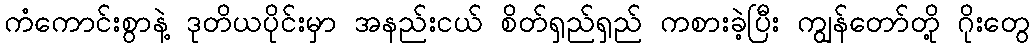
ကံကောင်းစွာနဲ့ ဒုတိယပိုင်းမှာ အနည်းငယ် စိတ်ရှည်ရှည် ကစားခဲ့ပြီး ကျွန်တော်တို့ ဂိုးတွေ